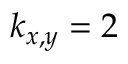
k _ { x , y } = 2